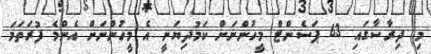
މި ދިރާސާގައި 63 ޕަސެންޓް މީހުންނަށް ކަމުދިޔަނީ އެ މީހުންނަށް އެންމެ ފުރަތަމަ